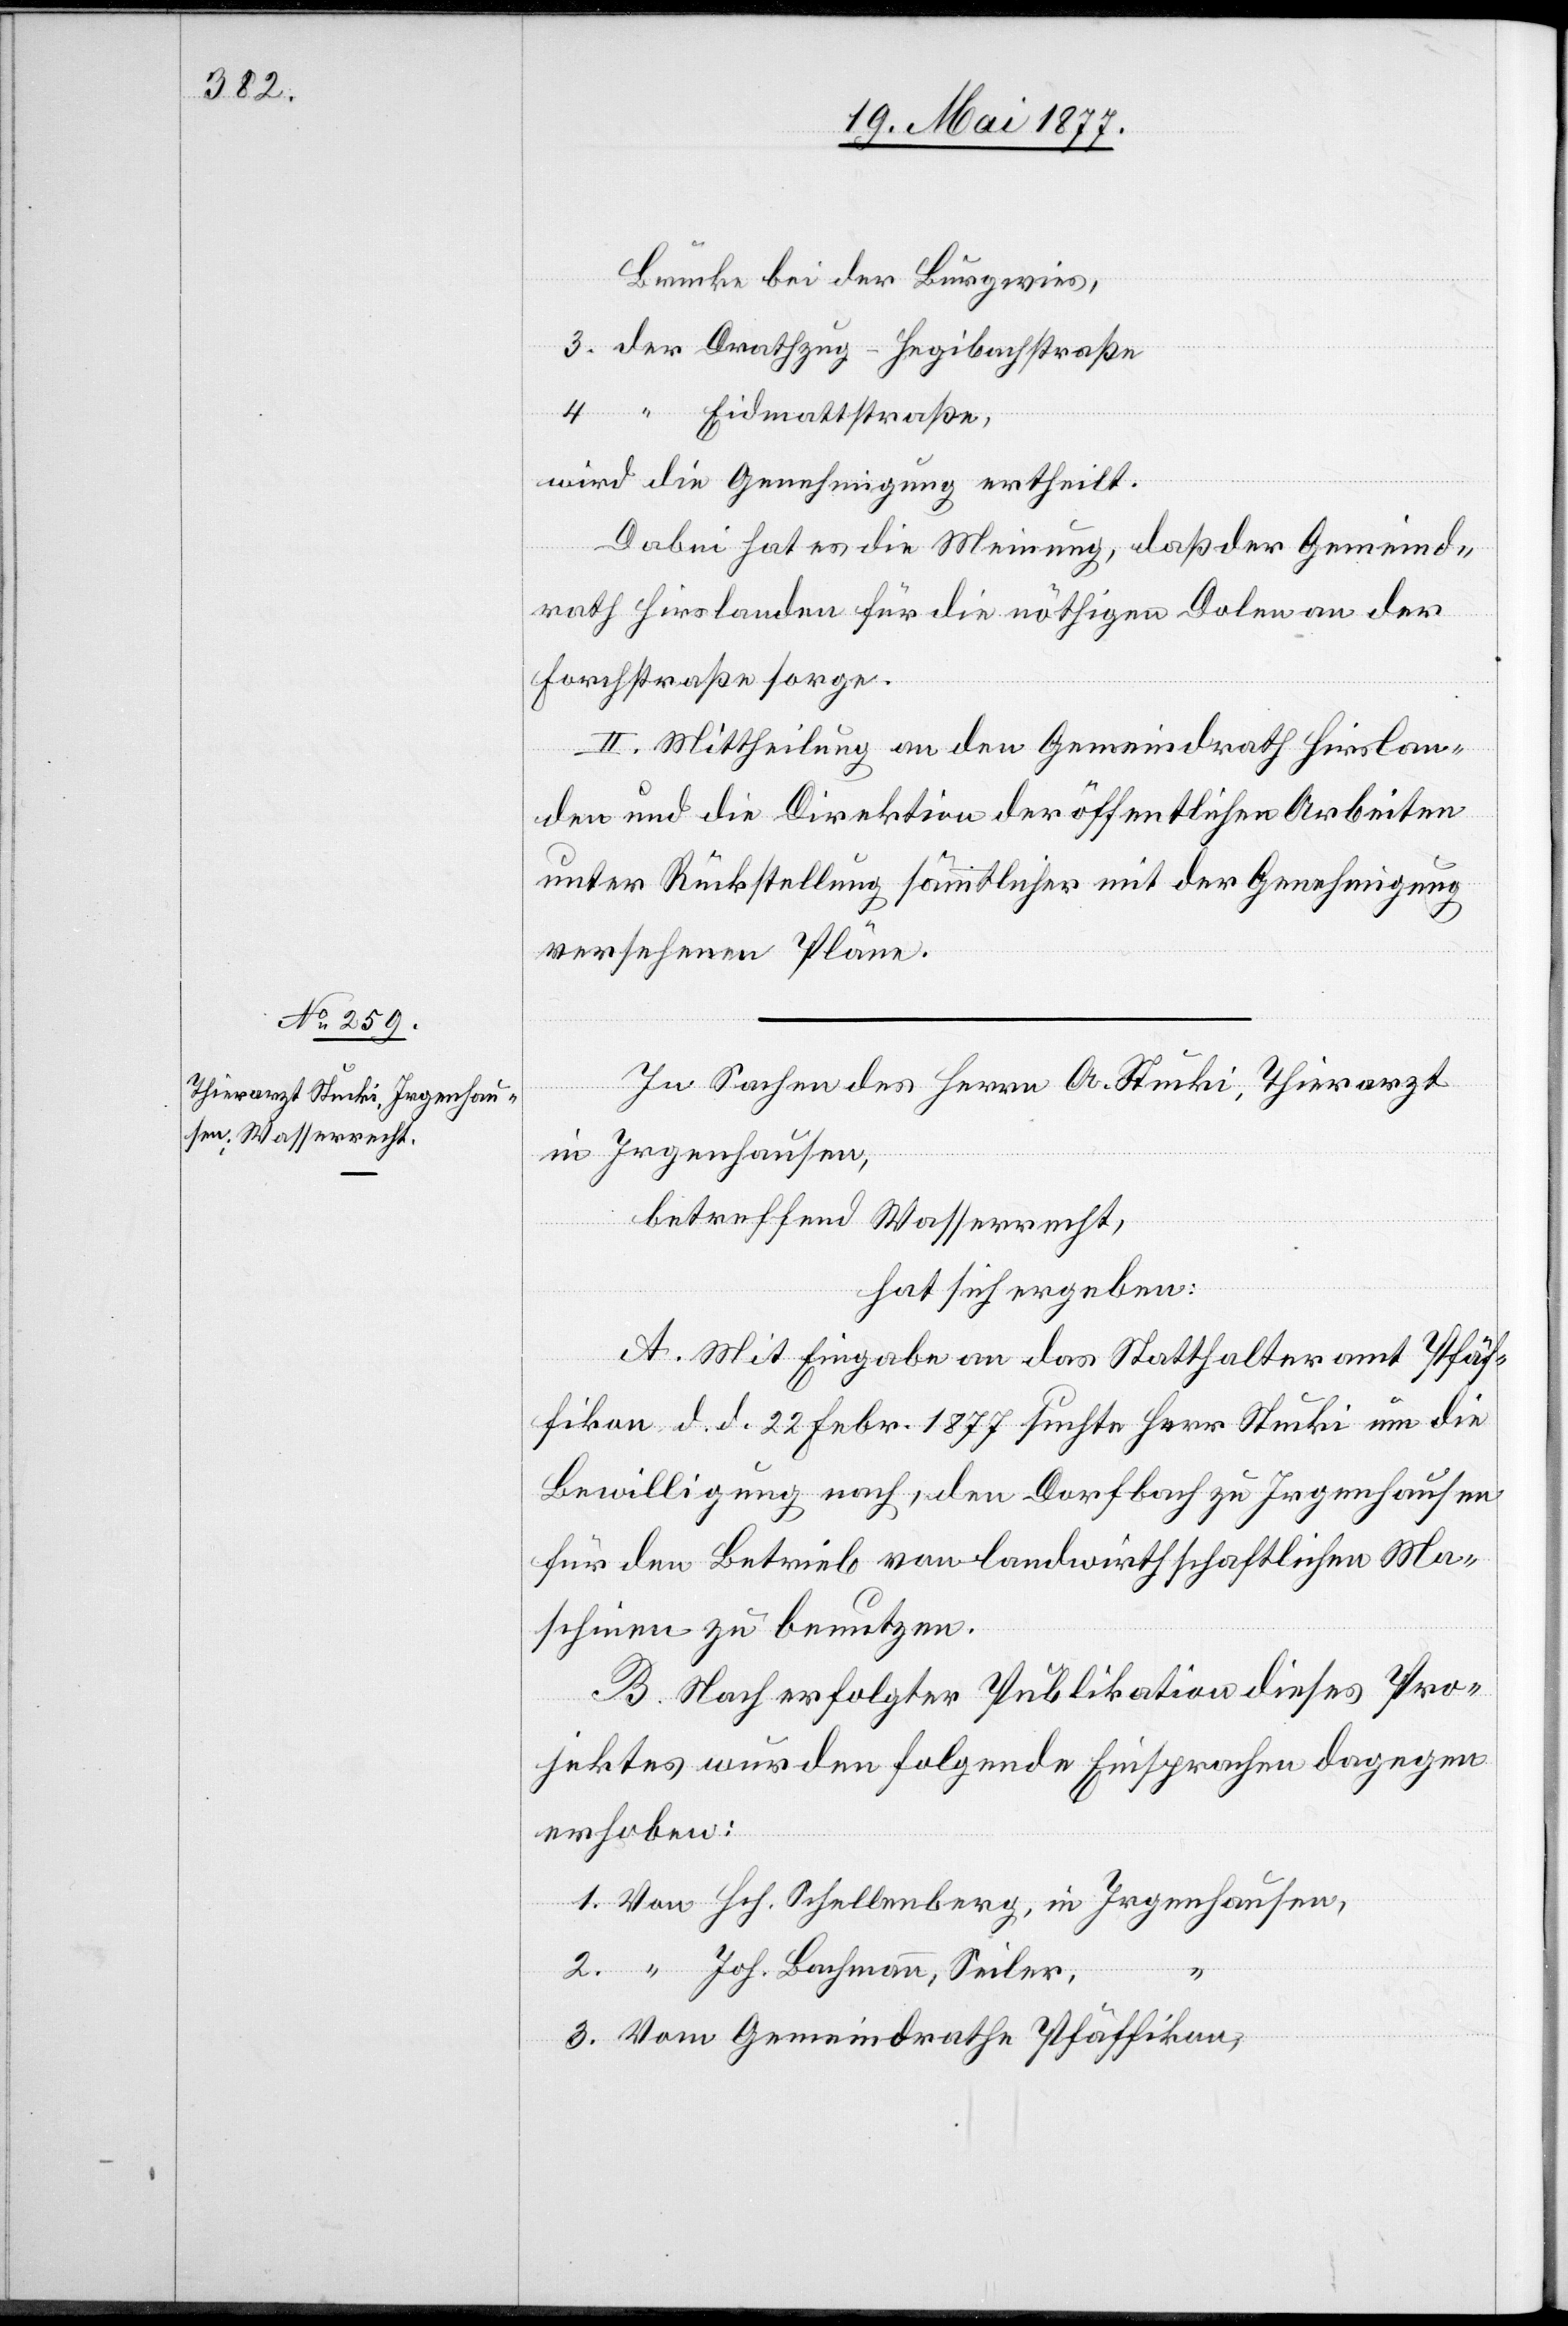
In Sachen des Herrn A. Stucki, Thierarzt
in Irgenhausen,
betreffend Wasserrecht,
hat sich ergeben:
A. Mit Eingabe an das Statthalteramt Pfäf¬
fikon d. d. 22. Febr. 1877 suchte Herr Stucki um die
Bewilligung nach, den Dorfbach zu Irgenhausen
für den Betrieb von landwirthschaftlichen Ma¬
schinen zu benutzen.
B. Nach erfolgter Publikation dieses Pro¬
jektes wurden folgende Einsprachen dagegen
erhoben:
1. Von Hch. Schellenberg, in Irgenhausen,
2. “ Joh. Bachmann, Seiler,
3. Vom Gemeindrathe Pfäffikon,